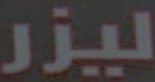
ليزر